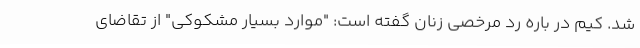
شد. کیم در باره رد مرخصی زنان گفته است: "موارد بسیار مشکوکی" از تقاضای